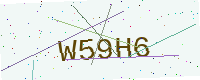
Text: W59H6